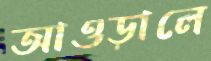
আওড়ালে